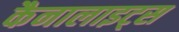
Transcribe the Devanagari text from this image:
कैनालाइट्स